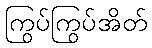
ကြွပ်ကြွပ်အိတ်